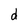
Character: d